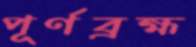
পূর্ণব্রহ্ম